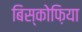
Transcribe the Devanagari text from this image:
बिस्कोफ़िया